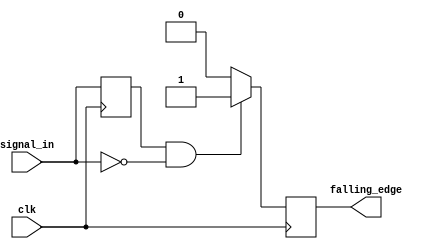
module falling_edge_detector (
    input wire clk,            // Clock signal
    input wire signal_in,     // Input signal to detect falling edge
    output reg falling_edge    // Output signal indicating falling edge
);

    reg previous_state;        // Register to hold the previous state of signal_in

    always @(posedge clk) begin
        // Detect falling edge
        if (previous_state == 1'b1 && signal_in == 1'b0) begin
            falling_edge <= 1'b1; // Set output high for one clock cycle
        end else begin
            falling_edge <= 1'b0; // Set output low otherwise
        end
        
        // Update previous state
        previous_state <= signal_in;
    end

endmodule